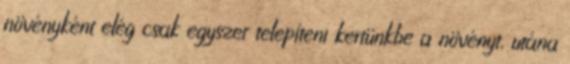
növényként elég csak egyszer telepíteni kertünkbe a növényt, utána